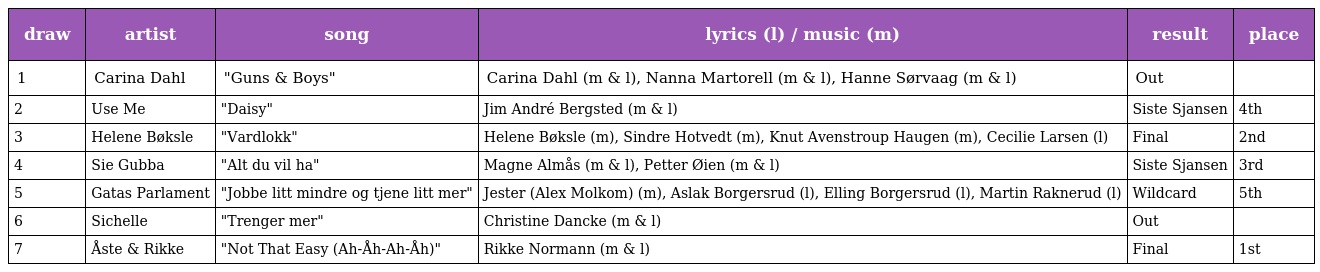
| draw | artist | song | lyrics (l) / music (m) | result | place |
 | --- | --- | --- | --- | --- | --- |
 | 1 | Carina Dahl | "Guns & Boys" | Carina Dahl (m & l), Nanna Martorell (m & l), Hanne Sørvaag (m & l) | Out |  |
 | 2 | Use Me | "Daisy" | Jim André Bergsted (m & l) | Siste Sjansen | 4th |
 | 3 | Helene Bøksle | "Vardlokk" | Helene Bøksle (m), Sindre Hotvedt (m), Knut Avenstroup Haugen (m), Cecilie Larsen (l) | Final | 2nd |
 | 4 | Sie Gubba | "Alt du vil ha" | Magne Almås (m & l), Petter Øien (m & l) | Siste Sjansen | 3rd |
 | 5 | Gatas Parlament | "Jobbe litt mindre og tjene litt mer" | Jester (Alex Molkom) (m), Aslak Borgersrud (l), Elling Borgersrud (l), Martin Raknerud (l) | Wildcard | 5th |
 | 6 | Sichelle | "Trenger mer" | Christine Dancke (m & l) | Out |  |
 | 7 | Åste & Rikke | "Not That Easy (Ah-Åh-Ah-Åh)" | Rikke Normann (m & l) | Final | 1st |